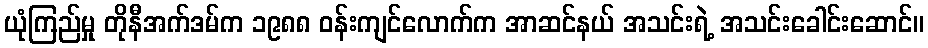
ယုံကြည်မှု တိုနီအက်ဒမ်က ၁၉၈၈ ဝန်းကျင်လောက်က အာဆင်နယ် အသင်းရဲ့ အသင်းခေါင်းဆောင်။